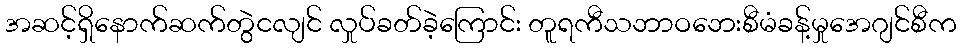
အဆင့်ရှိနောက်ဆက်တွဲငလျင် လှုပ်ခတ်ခဲ့ကြောင်း တူရကီသဘာဝဘေးစီမံခန့်မှုအေဂျင်စီက